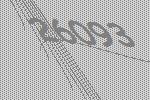
26093